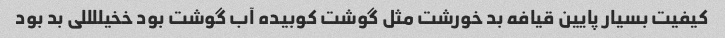
کیفیت بسیار پایین قیافه بد خورشت مثل گوشت کوبیده آب گوشت بود خخیللللی بد بود